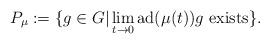
LaTeX: \begin{align*}P_\mu:=\{g\in G | \lim_{t\to 0}\mathrm{ad}(\mu(t))g\ \mathrm{exists}\}.\end{align*}